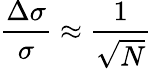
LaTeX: \frac{\Delta\sigma}{\sigma}\approx\frac{1}{\sqrt N}